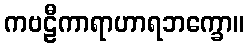
ကဗဠီကာရာဟာရဘက္ခော။